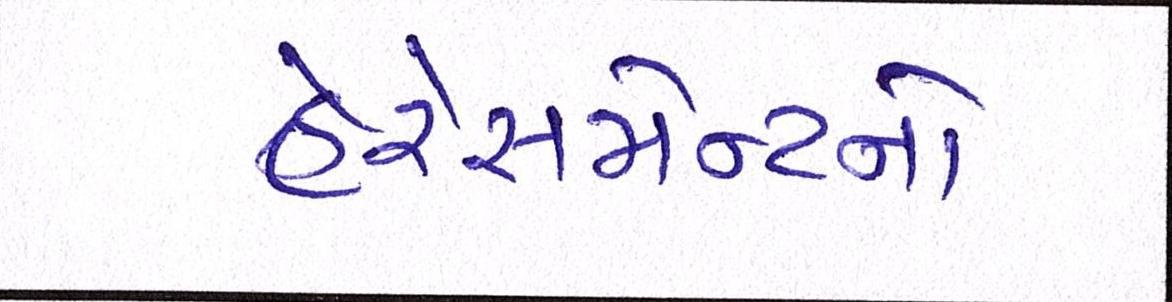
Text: હેરેસમેન્ટનો